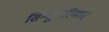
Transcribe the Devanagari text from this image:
सिन्धुमरिणात्